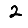
Digit: 2